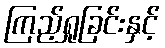
ကြည့်ရှုခြင်းနှင့်